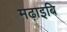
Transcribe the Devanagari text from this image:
मढ़ाइबि